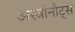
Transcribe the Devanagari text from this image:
अस्त्रोनौट्स